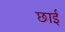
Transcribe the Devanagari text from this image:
छाईं